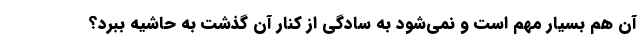
آن هم بسیار مهم است و نمی‌شود به سادگی از کنار آن گذشت به حاشیه ببرد؟